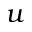
u